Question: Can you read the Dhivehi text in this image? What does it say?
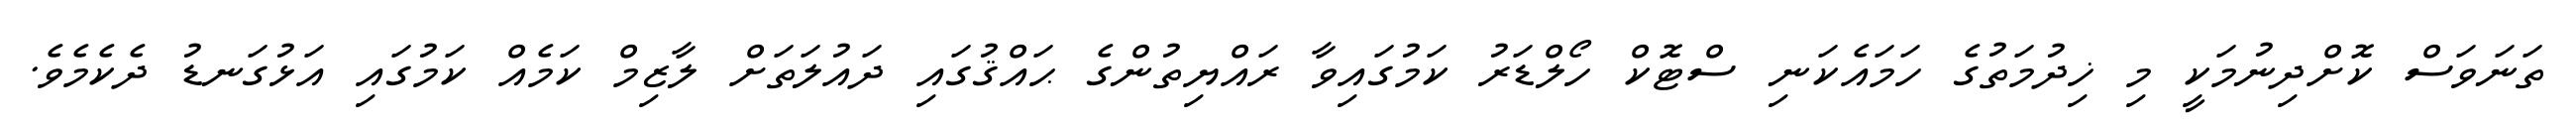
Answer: ތަނަވަސް ކޮށްދިނުމަކީ މި ޚިދުމަތުގެ ހަމައެކަނި ސްޓޮކް ހޯލްޑަރު ކަމުގައިވާ ރައްޔިތުންގެ ޙައްޤުގައި ދައުލަތަށް ލާޒިމް ކަމެއް ކަމުގައި އަޅުގަނޑު ދެކެމެވެ.